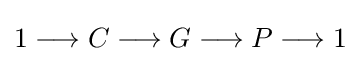
1\longrightarrow C\longrightarrow G\longrightarrow P\longrightarrow 1